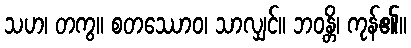
သဟ၊ တကွ။ စတဿောဝ၊ သာလျှင်။ ဘဝန္တိ၊ ကုန်၏။